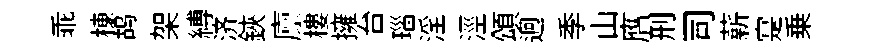
乖棟鸪架縛济鋏廪樓擁台瑙淫涇頌迥季山膺刑司薪寔乗